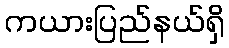
ကယားပြည်နယ်ရှိ